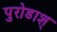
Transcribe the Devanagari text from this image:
पुरोडाश्